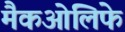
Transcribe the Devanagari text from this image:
मैकओलिफे